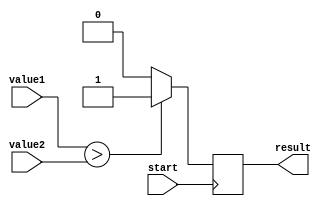
module greater_than_comparator(
    input [7:0] value1, // First input value
    input [7:0] value2, // Second input value
    input start, // Control signal to initiate comparison operation
    output result // Output signal indicating if value1 is greater than value2
);

reg result;

always @ (posedge start) begin
    if (value1 > value2) begin
        result <= 1;
    end else begin
        result <= 0;
    end
end

endmodule